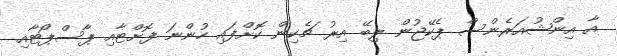
އާ އިންޝުއަރެންސް ޕެކޭޖުން ލިބޭ އިރު ޗެކިން ކޮށްފައި ހުންނަ ފޮށްޓާއި ޕާސްޕޯޓާއި